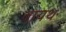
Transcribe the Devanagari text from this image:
वायथ